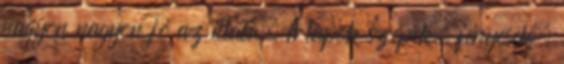
nagyon nagyon jó az illata. A lapok szépek, fényesek,